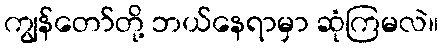
ကျွန်တော်တို့ ဘယ်နေရာမှာ ဆုံကြမလဲ။